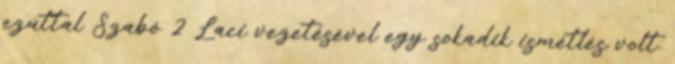
ezúttal Szabó 2 Laci vezetésével egy sokadik ismétlés volt.